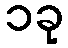
၁ခု